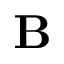
\mathbf { B }